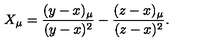
X _ { \mu } = \frac { ( y - x ) _ { \mu } } { ( y - x ) ^ { 2 } } - \frac { ( z - x ) _ { \mu } } { ( z - x ) ^ { 2 } } .